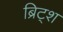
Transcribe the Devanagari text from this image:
ब्रिट्श